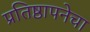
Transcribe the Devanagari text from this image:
प्रतिष्ठापनेचा